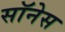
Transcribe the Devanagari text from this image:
सॉनेस